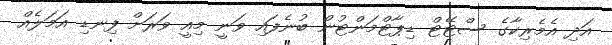
އަދި އެމެރިކާގެ ސްޓޭޓް ޑިޕާޓްމަންޓުން ބުނެފައި ވަނީ މިއީ ވަރަށް ފިނޑި އަމަލެއް